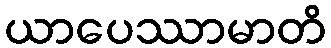
ယာပေဿာမာတိ